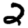
Digit: 2